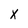
Character: X